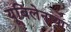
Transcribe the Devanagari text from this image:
यूबिलेनाया